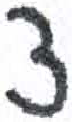
אות: ד